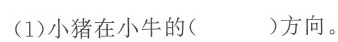
(1)小猪在小牛的( )方向。